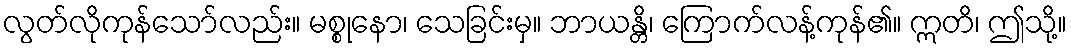
လွတ်လိုကုန်သော်လည်း။ မစ္စုနော၊ သေခြင်းမှ။ ဘာယန္တိ၊ ကြောက်လန့်ကုန်၏။ ဣတိ၊ ဤသို့။